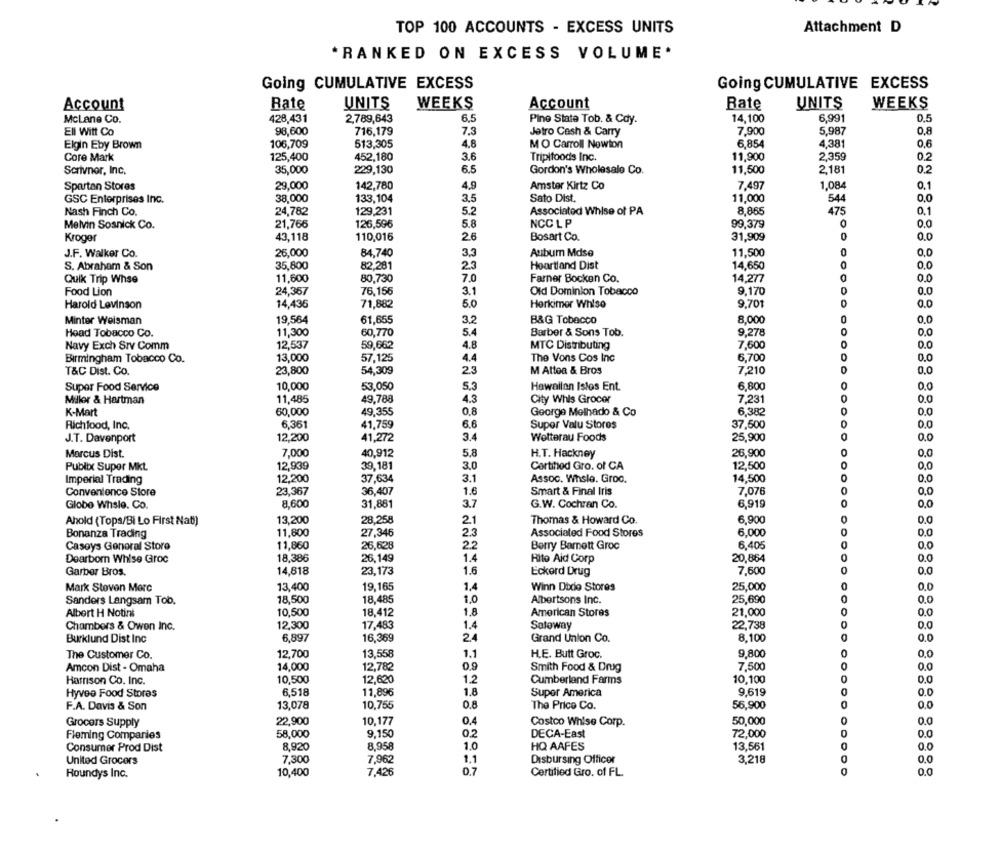
TOP 100 ACCOUNTS - EXCESS UNITS
Attachment D
*RANKED ON EXCESS VOLUME.
Going CUMULATIVE EXCESS
Going CUMULATIVE EXCESS
UNITS
WEEKS
Account
Rate
UNITS
WEEKS
Account
Bate
McLane Co.
428,431
2,789,643
6,5
Pine State Tob. & Cdy.
14,100
6,991
0.5
Ell Witt Co
98,600
716,179
7.3
Jetro Cash & Carry
7,900
5,987
0,8
Elgin Eby Brown
106,709
513,305
4.8
MO Carroll Nowton
6,854
4,381
0,6
Core Mark
125,400
452,180
3.6
Tripifoods Inc.
11,900
2.359
0.2
Scrivnor, Inc.
35,000
229,130
6.5
Gordon's Wholesale Co.
11,500
2,181
0.2
Spartan Stores
29,000
142,780
4.9
Amster Kirtz Co
7,497
1,084
0.1
O.C
GSC Enterprises Inc.
38,000
133,104
3.5
Sato Dist.
11,000
544
Nash Finch Co.
24,782
129,231
5.2
Associated Whise of PA
8,865
475
0.1
5.8
NCC LP
Melvin Sosnick Co.
21,766
126,596
99,379
O
0.0
Kroger
43,118
110,016
2.6
Bosart Co.
31,909
0
0.0
J.F. Walker Co.
26,000
84,740
3.3
Aubum Mdse
11,500
0,0
S. Abraham & Son
35,800
82,281
23
Heartland Dist
14,650
0.0
Quik Trip Whse
11,600
80,730
7.0
Farner Bocken Co.
14,277
0.0
24,367
76,156
3.1
9,170
Food Lion
Old Dominion Tobacco
0.0
Harold Levinson
14,436
71,882
5.0
Herkimer Whlso
9.701
0.0
Minter Weisman
19,564
61,655
3.2
B&G Tobacco
8,000
0
0.0
Head Tobacco Co.
11,300
60,770
5.4
Barber & Sons Tob.
9,278
0.0
Navy Exch Srv Comm
12,537
59,662
4.8
MTC Distributing
7,600
0.0
Birmingham Tobacco Co.
13,000
4.4
The Vons Cos Inc
6,700
57,125
0.0
T&C Dist. Co.
23,800
54,309
23
M Attoa & Bros
7,210
0.0
0
Super Food Service
10,000
53,050
Hawaiian Istes Ent.
6.800
0.0
Miller & Hartman
11,485
49,788
4.3
City Whis Grocer
7,231
0.0
K-Mart
60,000
49,355
0.8
George Melhado & Co
6,382
0.0
Richfood, Inc.
6,361
41,759
6.6
Super Valu Stores
37,500
0.0
J.T. Davenport
12,200
41,272
3.4
Wolterau Foods
25,900
0.0
7,000
5.8
H.T. Hackney
26,900
0.0
Marcus Dist.
40,912
Publix Super Mkt.
12,939
39,181
3.0
Certified Gro. of CA
12,500
0,0
12,200
37,634
3.1
Assoc. Whsle. Groo.
14,500
0.0
Imperial Trading
Convenience Store
23,367
36,407
1.6
Smart & Final Iris
7,076
0,0
8,600
31,881
3.7
G.W. Cochran Co.
Globo Whsle. Co.
6,919
0.0
Ahold (Tops/Bi Lo First Nat)
13,200
28,258
Thomas & Howard Co.
6,900
0
0.0
21
Bonanza Trading
11,800
27,346
23
Associated Food Stores
6.000
0.0
Casoys General Store
11,860
26,628
Berry Bamett Groc
6.405
0.0
Dearbom Whise Groc
18,386
26,149
1.4
Rite Aid Corp
20,864
0.0
Garber Bros.
14,818
1.6
Eckerd Drug
7,600
23,173
0.0
Mark Steven More
13,400
19,165
1.4
Winn Dodo Stores
25,000
0.0
Sanders Langsam Tob.
18,500
18,485
Albertsons Inc.
25,690
0.0
Albert H Notini
10,500
18,412
1.8
American Stores
21,000
0.0
Chambers & Owen Inc.
12,300
17,483
1.4
Soloway
22,738
0.0
Burklund Dist Inc
6,897
16,369
2.
Grand Union Co.
8,100
0.0
The Customer Co.
12,700
13,558
1.1
HLE. Butt Groc.
9.800
0.0
14,000
7.500
Amcon Dist - Omaha
12,782
Smith Food & Drug
0.0
Harrison Co. Inc.
10,500
12,620
1.2
Cumberland Farms
10,100
0.0
6,518
11,896
1.6
9.619
0.0
Hyvee Food Stores
Super America
F.A. Davis & Son
13,078
10,755
0.8
The Price Co.
56,900
0.0
Grocers Supply
22,900
10,177
Costco Whise Corp.
50,000
0.0
58,000
9,150
0.2
DECA-East
72,000
0.0
Fleming Companies
Consumer Prod Dist
8,920
8.958
1.0
HQ AAFES
13,561
0.0
7,300
7,962
1.1
Disbursing Officer
3,218
0.0
United Grocers
Roundys Inc.
10,400
7,426
0.7
Certified Gro. of FL
0.0